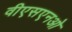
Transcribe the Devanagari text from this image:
वीएसएनओ